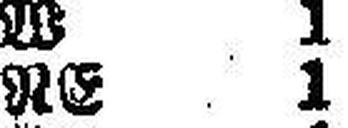
RE 1